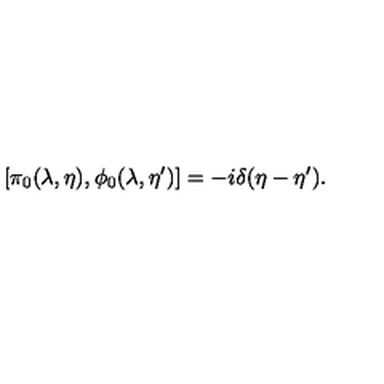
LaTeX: \left[ \pi _ { 0 } ( \lambda , \eta ) , \phi _ { 0 } ( \lambda , \eta ^ { \prime } ) \right] = - i \delta ( \eta - \eta ^ { \prime } ) .